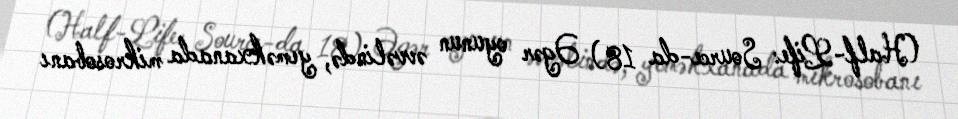
(Half-Life: Source-da 18) Əgər oyunun əvvəlində, yeməkxanada mikrosobanı